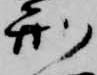
刑